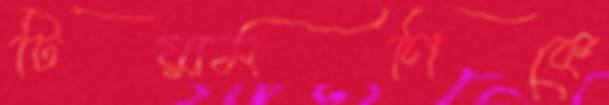
টিয়ামণিকে